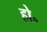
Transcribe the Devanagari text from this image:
हो॰